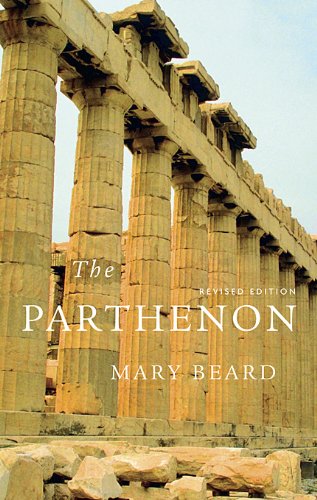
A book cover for The Parthenon (Wonders of the World); Mary Beard; Travel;